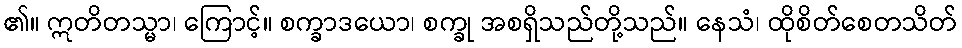
၏။ ဣတိတသ္မာ၊ ကြောင့်။ စက္ခာဒယော၊ စက္ခု အစရှိသည်တို့သည်။ နေသံ၊ ထိုစိတ်စေတသိတ်